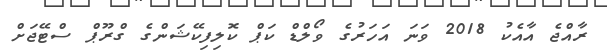
ރާއްޖެ އާއެކު 2018 ވަނަ އަހަރުގެ ވޯލްޑް ކަޕް ކޮލިފިކޭޝަންގެ ގްރޫޕް ސްޓޭޖަށް